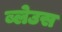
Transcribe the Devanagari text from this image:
ब्लेउस